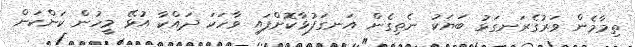
ތިމާމެން ވަރުގެރަނގަޅު ބަޔަކު ނެތިގެން އަނގަފުޅާކޮށްފައި ވާހަކަ ދައްކާ އުޅޭ މީހުން ކަންކަން